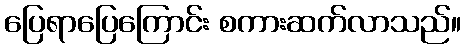
ပြေရာပြေကြောင်း စကားဆက်လာသည်။